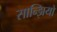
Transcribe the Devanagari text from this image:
सान्झियो